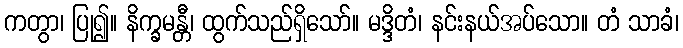
ကတွာ၊ ပြု၍။ နိက္ခမန္တီ၊ ထွက်သည်ရှိသော်။ မဒ္ဒိတံ၊ နင်းနယ်အပ်သော။ တံ သာခံ၊